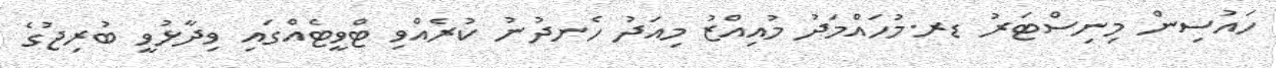
ހައުސިން މިނިސްޓަރު ޑރ.މުހައްމަދު މުއިއްޒު މިއަދު ހެނދުނު ކުރެއްވި ޓްވީޓެއްގައި ވިދާޅުވީ ބުރިޖުގެ